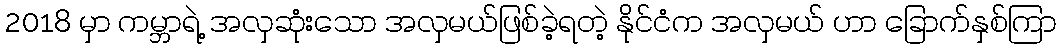
2018 မှာ ကမ္ဘာရဲ့ အလှဆုံးသော အလှမယ်ဖြစ်ခဲ့ရတဲ့ နိုင်ငံက အလှမယ် ဟာ ခြောက်နှစ်ကြာ